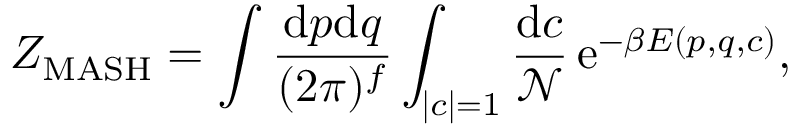
Z _ { \mathrm { M A S H } } = \int \frac { \mathrm { d } p \mathrm { d } q } { ( 2 \pi ) ^ { f } } \int _ { | c | = 1 } \frac { \mathrm { d } c } { \mathcal { N } } \, \mathrm { e } ^ { - \beta E ( p , q , c ) } ,